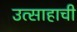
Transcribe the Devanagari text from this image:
उत्साहाची